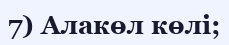
7) Алакөл көлі;